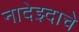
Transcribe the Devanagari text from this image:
नादेझ्दाचे